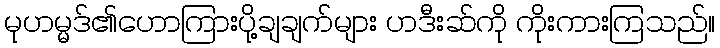
မုဟမ္မဒ်၏ဟောကြားပို့ချချက်များ ဟဒီးဆ်ကို ကိုးကားကြသည်။